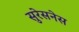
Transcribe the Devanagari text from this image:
सुरेसनेस